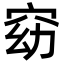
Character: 窈